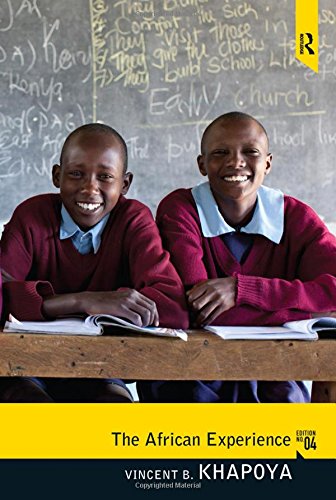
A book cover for The African Experience; Vincent B Khapoya; Biographies & Memoirs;